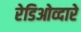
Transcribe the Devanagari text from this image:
रेडिओव्दारे